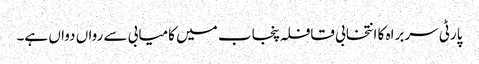
پارٹی سربراہ کا انتخابی قافلہ پنجاب میں کامیابی سے رواں دواں ہے۔